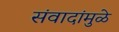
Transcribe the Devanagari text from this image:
संवादांमुळे